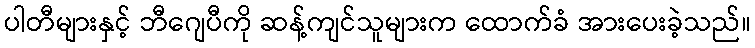
ပါတီများနှင့် ဘီဂျေပီကို ဆန့်ကျင်သူများက ထောက်ခံ အားပေးခဲ့သည်။